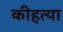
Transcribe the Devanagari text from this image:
कीहत्या